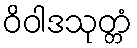
ဝိဝါဒသုတ္တံ